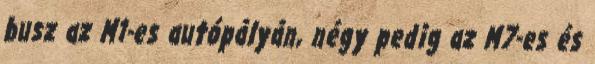
busz az M1-es autópályán, négy pedig az M7-es és